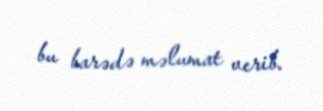
bu barədə məlumat verib.